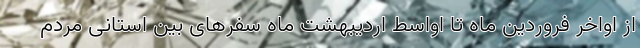
از اواخر فروردین ماه تا اواسط اردیبهشت ماه سفرهای بین استانی مردم